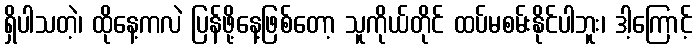
ရှိပါသတဲ့၊ ထိုနေ့ကလဲ ပြန်ဖို့နေ့ဖြစ်တော့ သူကိုယ်တိုင် ထပ်မစမ်းနိုင်ပါဘူး၊ ဒါ့ကြောင့်